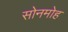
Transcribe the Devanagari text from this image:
सोनमोह